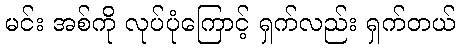
မင်း အစ်ကို လုပ်ပုံကြောင့် ရှက်လည်း ရှက်တယ်